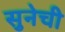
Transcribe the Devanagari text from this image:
सुनेची